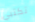
تكتبي